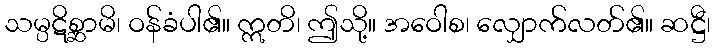
သမ္ပဋိစ္ဆာမိ၊ ဝန်ခံပါ၏။ ဣတိ၊ ဤသို့။ အဝေါစ၊ လျှောက်လတ်၏။ ဆဋ္ဌီ၊